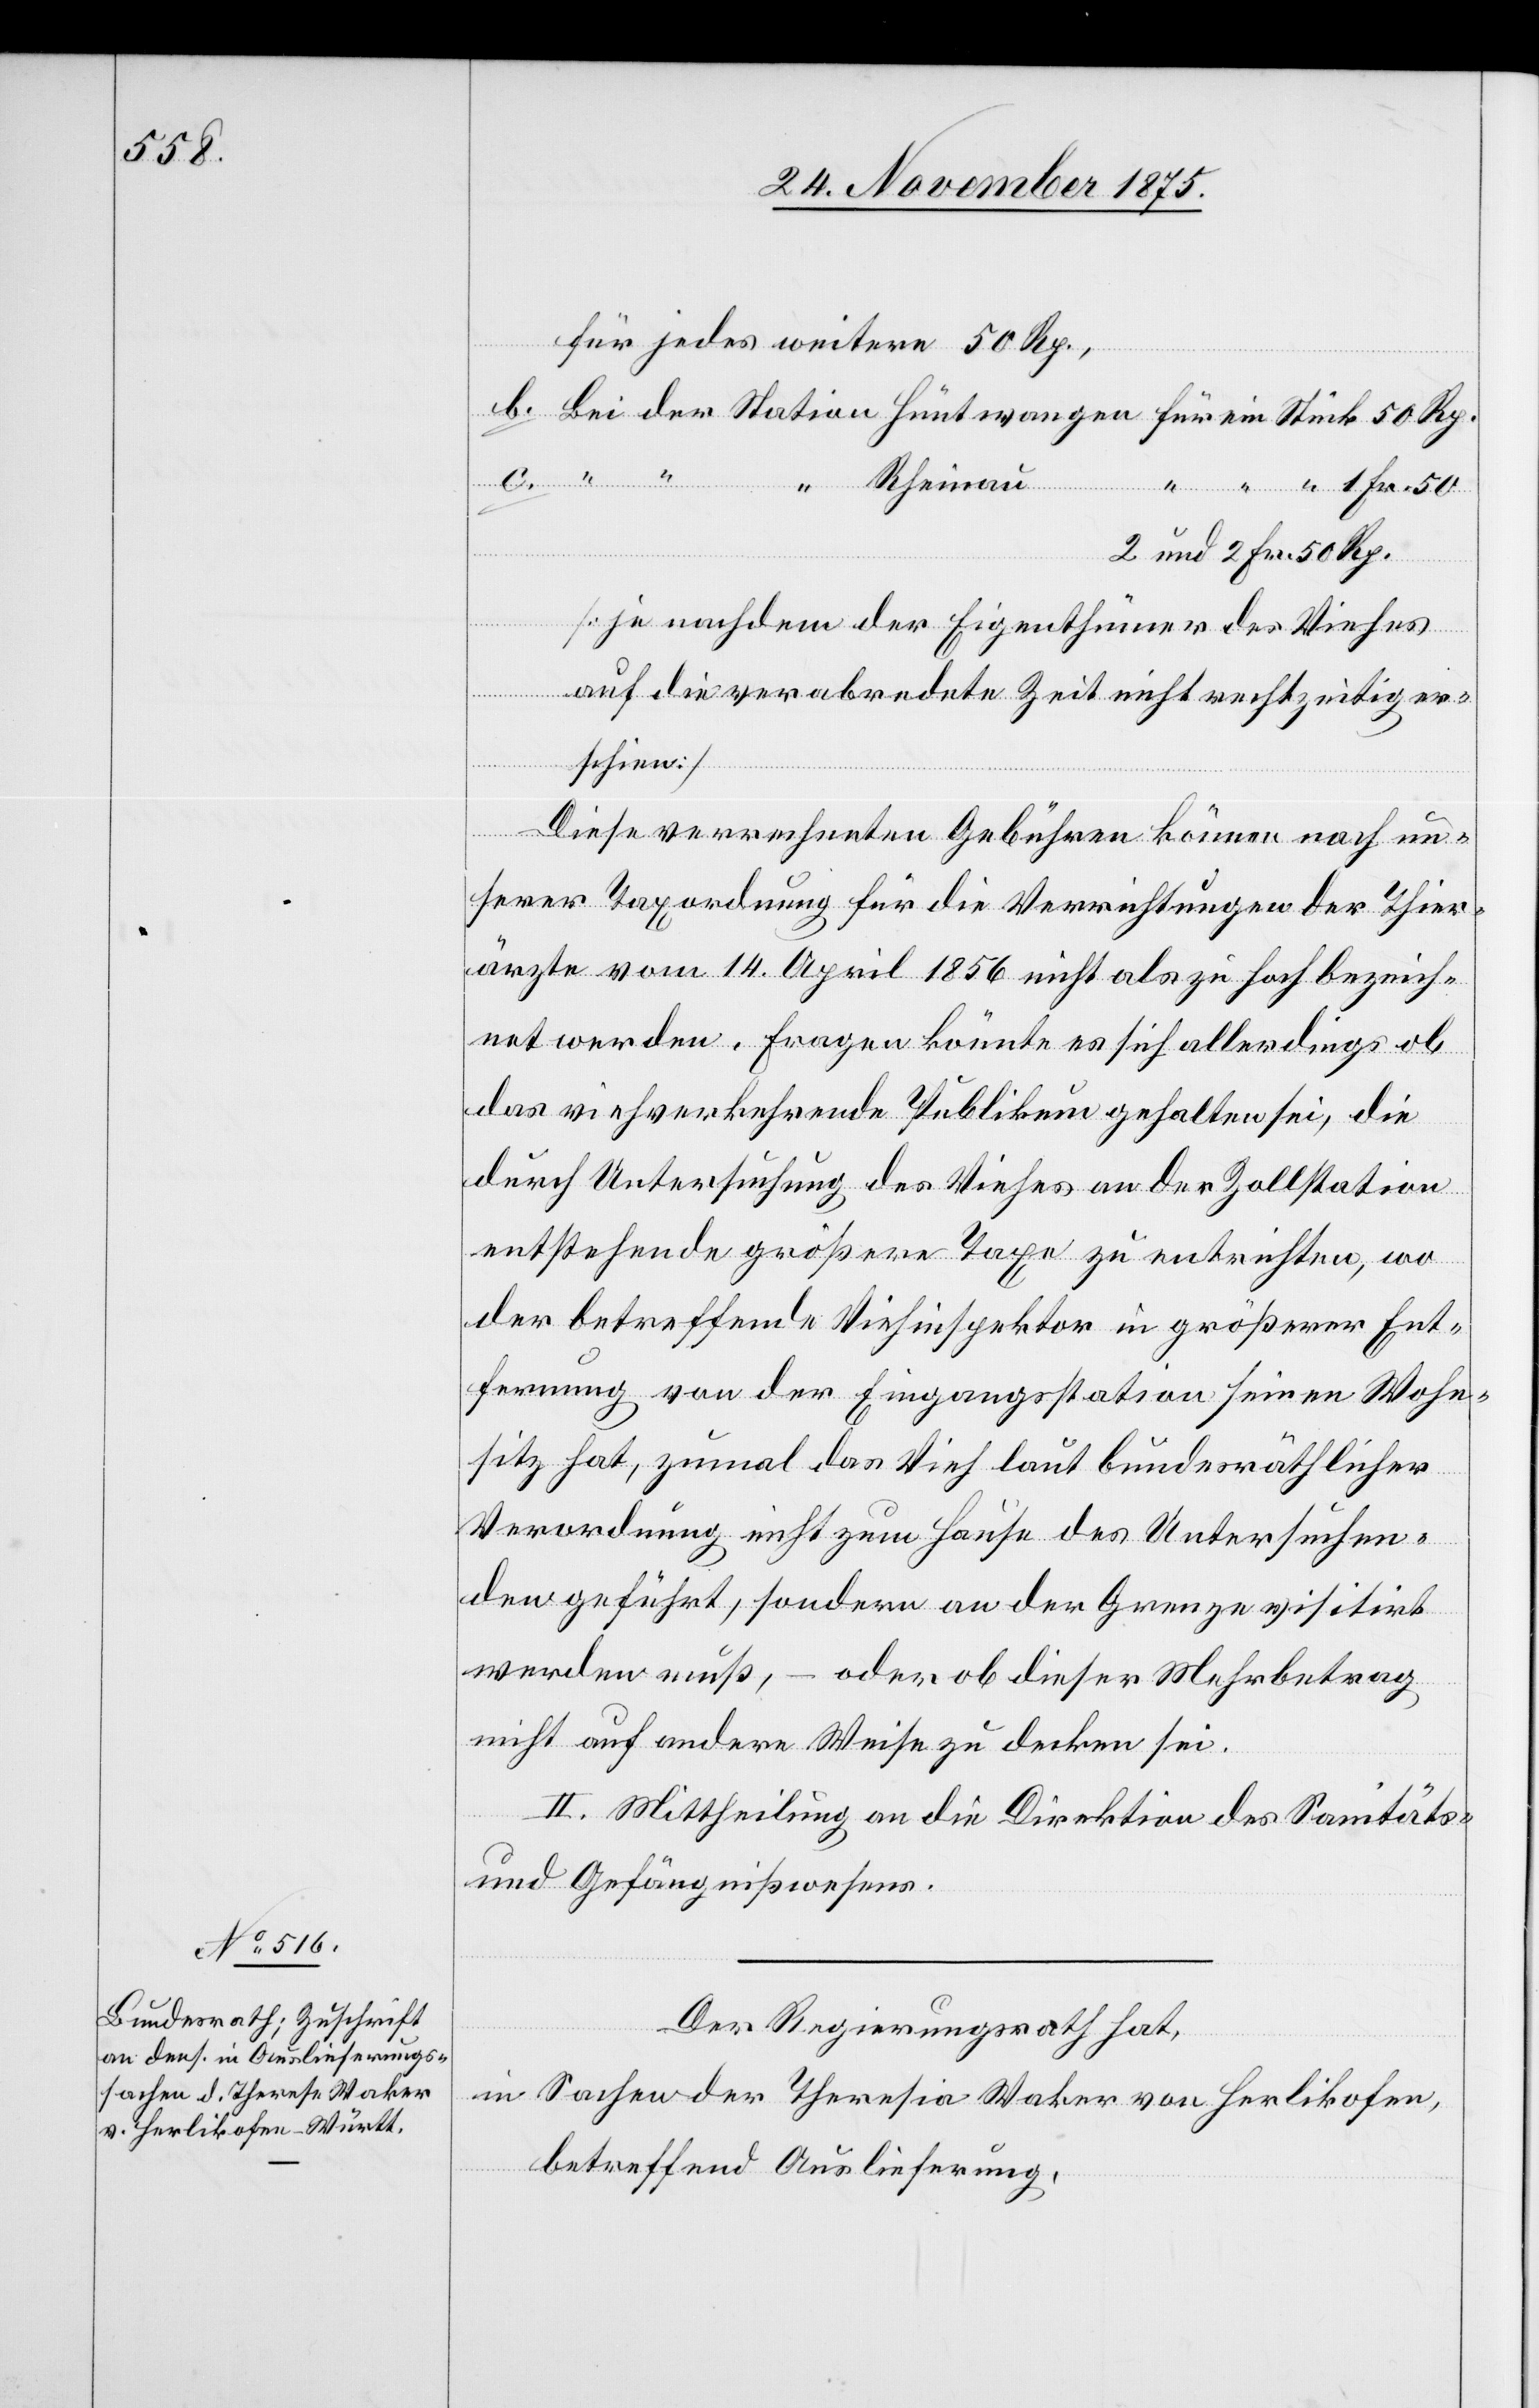
“
für jedes weitere 50 Rp.,
b. Bei der Station Hüntwangen für ein Stück 50 Rp.
“ Rheinau
“ “ “ 1 Fr. 50
2 und 2 Fr. 50 Rp.
[je nachdem der Eigenthümer des Viehes
auf die verabredete Zeit nicht rechtzeitig er¬
schien]
Diese verrechneten Gebühren können nach un¬
serer Taxordnung für die Verrichtungen der Thier¬
ärzte vom 14. April 1856 nicht als zu hoch bezeich¬
net werden. Fragen könnte es sich allerdings ob
das viehverkehrende Publikum gehalten sei, die
durch Untersuchung des Viehes an der Zollstation
entstehende größere Taxe zu entrichten, wo
der betreffende Viehinspektor in größerer Ent¬
fernung von der Eingangsstation seinen Wohn¬
sitz hat, zumal das Vieh laut bundesräthlicher
Verordnung nicht zum Hause des Untersuchen¬
den geführt, sondern an der Grenze visitirt
werden muß, – oder ob dieser Mehrbetrag
nicht auf andere Weise zu decken sei.
II. Mittheilung an die Direktion des Sanitäts-
und Gefängnißwesens.
Der Regierungsrath hat,
in Sachen der Theresia [sic!] Waker von Herlikofen,
betreffend Auslieferung,